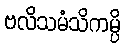
ဗလိသမံသိကမ္ပိ